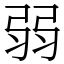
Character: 弱